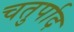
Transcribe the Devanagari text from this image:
चतुर्पाद